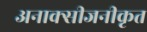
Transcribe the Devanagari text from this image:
अनाक्सीजनीकृत